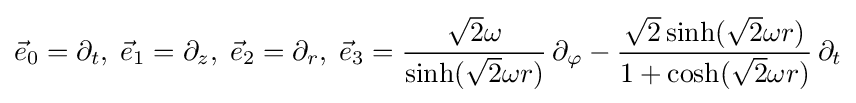
{\vec {e}}_{0}=\partial _{t},\;{\vec {e}}_{1}=\partial _{z},\;{\vec {e}}_{2}=\partial _{r},\;{\vec {e}}_{3}={\frac {{\sqrt {2}}\omega }{\sinh({\sqrt {2}}\omega r)}}\,\partial _{\varphi }-{\frac {{\sqrt {2}}\sinh({\sqrt {2}}\omega r)}{1+\cosh({\sqrt {2}}\omega r)}}\,\partial _{t}